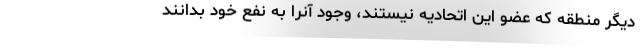
دیگر منطقه که عضو این اتحادیه نیستند، وجود آنرا به نفع خود بدانند